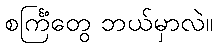
စင်္ကြံတွေ ဘယ်မှာလဲ။